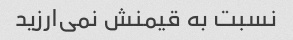
نسبت به قیمنش نمی‌ارزید